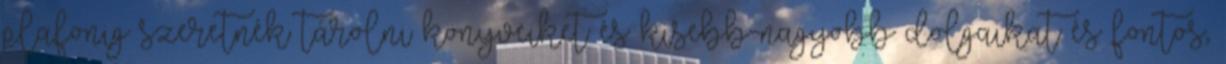
plafonig szeretnék tárolni könyveiket és kisebb-nagyobb dolgaikat és fontos,